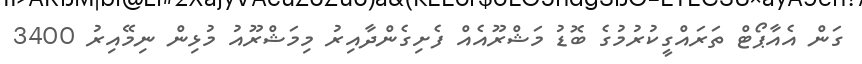
ގަން އެއާޕޯޓް ތަރައްގީކުރުމުގެ ބޮޑު މަޝްރޫއެއް ފެށިގެންދާއިރު މިމަޝްރޫއު މުޅިން ނިމޭއިރު 3400